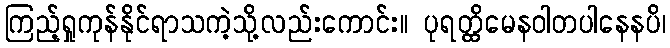
ကြည့်ရှုကုန်နိုင်ရာသကဲ့သို့လည်းကောင်း။ ပုရတ္ထိမေနဝါတပါနေနပိ၊